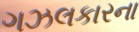
ગઝલકારના